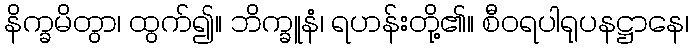
နိက္ခမိတွာ၊ ထွက်၍။ ဘိက္ခူနံ၊ ရဟန်းတို့၏။ စီဝရပါရုပနဋ္ဌာနေ၊